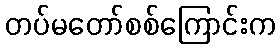
တပ်မတော်စစ်ကြောင်းက